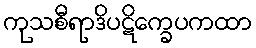
ကုသစီရာဒိပဋိက္ခေပကထာ